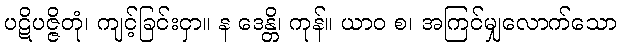
ပဋိပဇ္ဇိတုံ၊ ကျင့်ခြင်းငှာ။ န ဒေန္တိ၊ ကုန်။ ယာဝ စ၊ အကြင်မျှလောက်သော